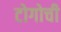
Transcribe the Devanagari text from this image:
टोगोची